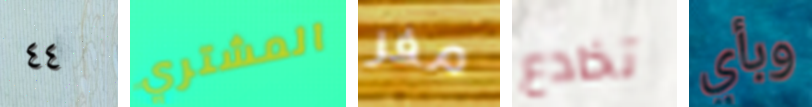
٤٤ المشتري مفر تخادع وبأي